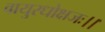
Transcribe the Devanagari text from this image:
वायुरधोक्षजः।।